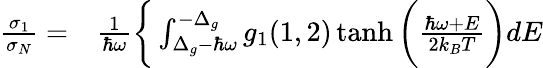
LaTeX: \begin{array}{rl}{\frac{\sigma_{1}}{\sigma_{N}}=}&{{}\frac{1}{\hbar\omega}\bigg\{ \int_{\Delta_{g}-\hbar\omega}^{-\Delta_{g}}g_{1}(1,2)\operatorname{tanh}\bigg(\frac{\hbar\omega+E}{2k_{B}T}\bigg)dE}\end{array}